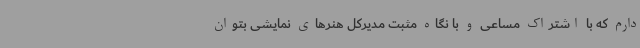
دارم که با اشتراک مساعی و با نگاه مثبت مدیرکل هنرهای نمایشی بتوان